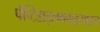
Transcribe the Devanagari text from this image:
पेप्टिडाइलग्लाइसाइन